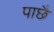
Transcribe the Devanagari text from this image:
पाछै